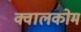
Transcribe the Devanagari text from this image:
क्वालकोम